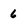
Character: 6